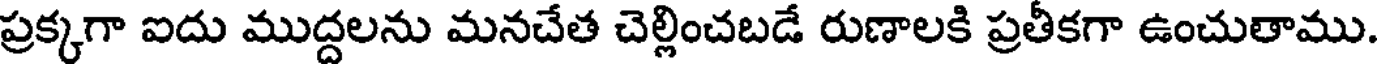
ప్రక్కగా ఐదు ముద్దలను మనచేత చెల్లించబడే రుణాలకి ప్రతీకగా ఉంచుతాము.